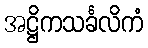
အဋ္ဌိကသင်္ခလိကံ